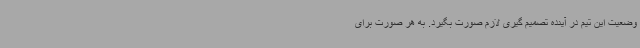
وضعیت این تیم در آینده تصمیم گیری لازم صورت بگیرد. به هر صورت برای